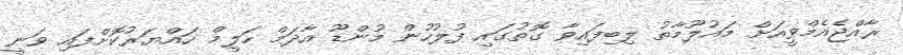
ރާއްޖެއެމްވީއަށް މައުލޫމާތު ލިބިފައިވާ ގޮތުގައި ފުލުހުން މުންޑޫ އާދަމް ހަލީމް ހައްޔަރުކޮށްފައި ވަނީ